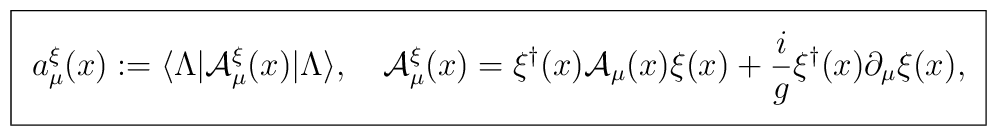
\mbox{\fboxsep=.1in \framebox{$\displaystyle a_\mu^{\xi}(x) := \langle \Lambda | {\cal A}_\mu^\xi(x) |\Lambda \rangle , \quad {\cal A}_\mu^\xi(x) = \xi^\dagger(x) {\cal A}_\mu(x) \xi(x) + {i \over g} \xi^\dagger(x) \partial_\mu \xi(x) ,$}}